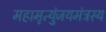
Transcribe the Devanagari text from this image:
महामृत्युंजयमंत्रस्य